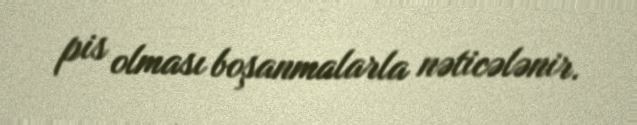
pis olması boşanmalarla nəticələnir.